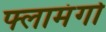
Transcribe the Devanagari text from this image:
फ्लामंगो